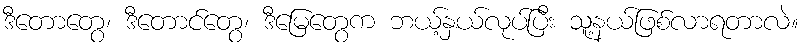
ဒီတောတွေ၊ ဒီတောင်တွေ၊ ဒီမြေတွေက ဘယ့်နှယ်လုပ်ပြီး သူ့နယ်ဖြစ်လာရတာလဲ။